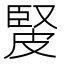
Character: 𤿳